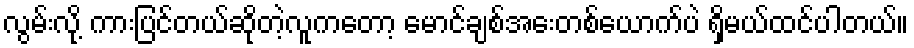
လွမ်းလို့ ကားပြင်တယ်ဆိုတဲ့လူကတော့ မောင်ချစ်အေးတစ်ယောက်ပဲ ရှိမယ်ထင်ပါတယ်။